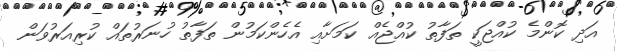
އަދި ކޮންމެ ކުއްޖަކީ ތަފާތު ކުއްޖެއް ކަމަށާއި އެހެންކަމުން ތަފާތު ހުނަރުތައް ކުރިއަރުވަން